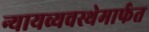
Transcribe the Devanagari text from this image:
न्यायव्यवस्थेमार्फत